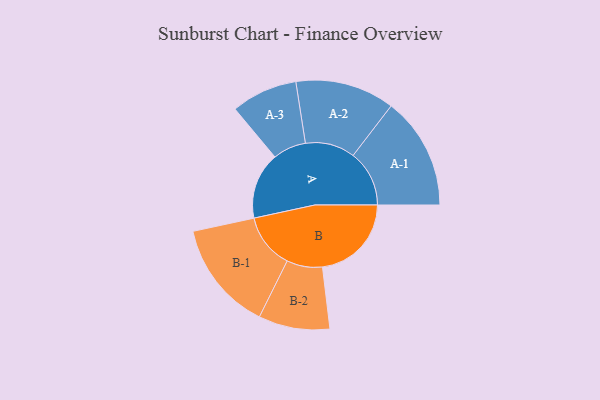
{"axis": {"x": "Segment", "y": "Value"}, "legend": ["", "A", "B"], "data": [{"x": "A", "y": 348, "type": ""}, {"x": "B", "y": 464, "type": ""}, {"x": "A-1", "y": 293, "type": "A"}, {"x": "A-2", "y": 259, "type": "A"}, {"x": "A-3", "y": 173, "type": "A"}, {"x": "B-1", "y": 287, "type": "B"}, {"x": "B-2", "y": 186, "type": "B"}]}